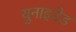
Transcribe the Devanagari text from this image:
युनाइडेड